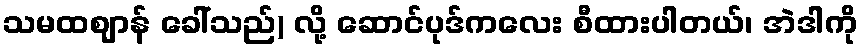
သမထဈာန် ခေါ်သည်) လို့ ဆောင်ပုဒ်ကလေး စီထားပါတယ်၊ အဲဒါကို